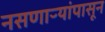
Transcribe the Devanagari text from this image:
नसणाऱ्यांपासून